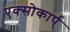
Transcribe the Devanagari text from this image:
एक्सोकार्प्